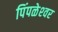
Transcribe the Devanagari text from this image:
पिंपळेश्‍वर